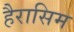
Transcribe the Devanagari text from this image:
हैरासिम